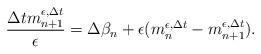
LaTeX: \begin{align*}\frac{\Delta tm_{n+1}^{\epsilon,\Delta t}}{\epsilon}=\Delta\beta_n+\epsilon(m_n^{\epsilon,\Delta t}-m_{n+1}^{\epsilon,\Delta t}).\end{align*}